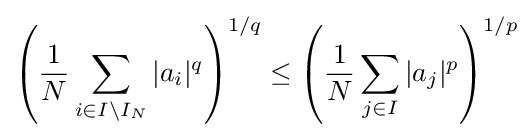
\left({\frac {1}{N}}\sum _{i\in I\setminus I_{N}}|a_{i}|^{q}\right)^{1/q}\leq \left({\frac {1}{N}}\sum _{j\in I}|a_{j}|^{p}\right)^{1/p}